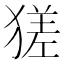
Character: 𤠝